Annual report on the working of the mental hospitals in the Madras Presidency - 1912-1932
Year: 1912
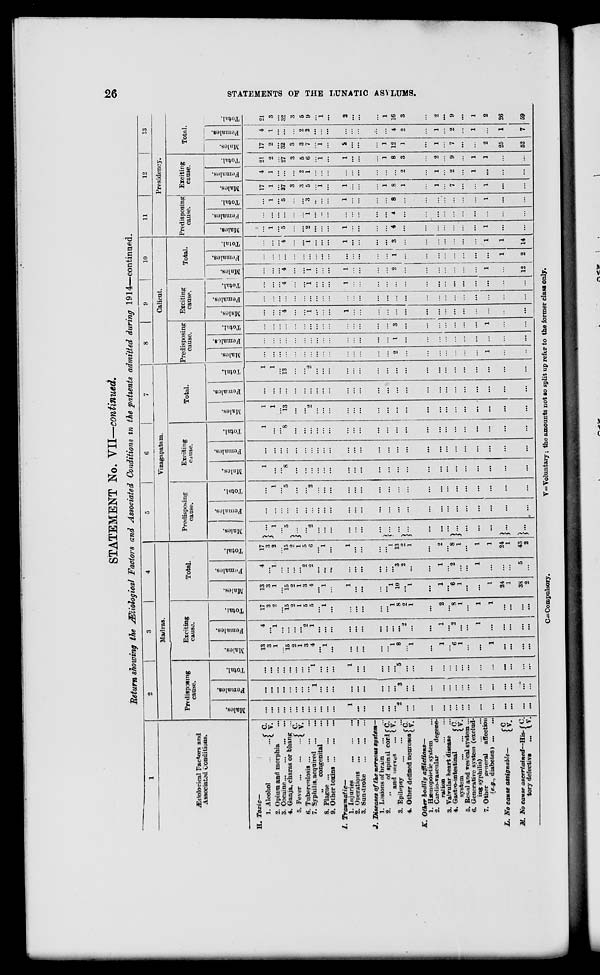
26
STATEMENTS OF THE LUNATIC ASYLUMS.
STATEMENT No. VII—continued.
Return showing the Ætiological Factors and Associated Conditions in the patients admitted during 1914—continued.
1
Ætiological Factors and
Associated Conditions.
H. Toxic—
1. Alcohol
...
... C. V.
2. Opium and morphia ...
3. Cocaine ... ... ... ...
4. Ganja, charas or bhang ...
5. Fever
...
...
... C. V.
6. Tuberculosis ... ... ...
7. Syphilis, acquired ... ...
„
congenital ...
8. Plague
...
...
...
...
9. Other toxins ... ... ...
I.
Traumatic—
1. Injuries
...
...
...
2. Operations
...
...
...
3. Sunstroke
...
...
...
J. Diseases of the nervous system—
1. Lesions of brain
...
...
2.
„
of spinal cord
and nerves ... C.
V.
3. Epilepsy
...
...
...
4. Other defined neuroses C.
V.
K.. Other bodily afflictions—
1. Hæmopoietic system ...
2. Cardio-vascular
degene-
ration ... ... ...
3. Valvular heart disease ...
4. Gastro-intestinal ...
system
...
... C. V.
5. Renal and vesical system ...
6. Generative system (exclud-
ing syphilis)
...
...
7. Other
general
affection
(e.g., diabetes) ... ...
L. No cause assignable—
M. No cause ascertained—His-
tory defective ...
C. V.
C.
V.
2
3
4
Madras.
Predisposing
cause.
Males.
...
...
...
...
...
...
...
...
...
...
...
...
1
...
...
...
...
...
2
...
...
...
...
...
...
...
...
...
...
...
...
...
...
Females.
...
...
...
...
...
...
...
...
1
...
...
...
...
...
...
...
...
...
3
...
...
...
...
...
...
...
...
...
...
...
...
...
...
Total.
...
...
...
...
...
...
...
...
1
...
...
...
1
...
...
...
...
...
5
...
...
...
...
...
...
...
...
...
...
...
...
...
...
Exciting
cause.
Males.
13
3
1
...
15
2
1
3
4
...
1
...
...
...
...
...
...
1
8
... 1
...
1
...
6
1
...
...
1
...
...
...
...
Females.
4
...
1
...
...
...
...
2
1
...
...
...
...
...
...
...
...
...
...
2
...
...
1
...
2
...
...
1
...
...
...
...
...
Total.
17
3
2
...
15
2
1
5
5
...
1
...
...
...
...
...
...
1
8
2
1
...
2
...
8
1
...
1
1
...
...
...
...
Total.
Males.
13
3
1
...
15
2
1
3
4
...
1
...
1
...
...
...
...
1
10
...
1
...
1
...
6
1
. ..
...
1
24
1
38
2
Females.
4
...
1
...
...
...
...
2
2
...
...
...
...
...
...
...
...
...
3
2
...
...
1
...
2
...
...
1
...
...
...
5
...
Total.
17
3
2
...
15
2
1
5
6
...
1
...
1
...
...
...
...
1
13
2
1
...
2
...
8
1
...
1
1
24
1
43
2
5
6
7
Vizagapatam.
Predisposing
cause.
Males.
...
1
...
5
...
...
2
...
...
...
...
...
...
...
...
...
...
...
...
...
...
...
...
...
...
...
Females.
...
...
...
...
...
...
...
...
...
...
...
...
...
...
...
...
...
...
...
...
...
...
...
...
...
...
Total.
...
1
...
5
...
...
2
...
...
...
...
...
...
...
...
...
...
...
...
...
...
...
...
...
...
...
Exciting
cause.
Males.
1
...
...
8
...
...
...
...
...
...
...
...
...
...
...
...
...
...
...
...
...
...
...
...
...
...
Females.
...
...
...
...
...
...
...
...
...
...
...
...
...
...
...
...
...
...
...
...
...
...
...
...
...
...
Total.
1
...
...
8
...
...
...
...
...
...
...
...
...
...
...
...
...
...
...
...
...
...
...
...
...
...
Total.
Males.
1
1
...
13
...
...
2
...
...
...
...
...
...
...
...
...
...
...
...
...
...
...
...
...
...
...
Females.
...
...
...
...
...
...
...
...
...
...
...
...
...
...
...
...
...
...
...
...
...
...
...
...
...
...
Total.
1
1
...
13
...
...
2
...
...
...
...
...
...
...
...
...
...
...
...
...
...
...
...
...
...
...
8
9
10
Calicut.
Predisposing
cause.
Males.
...
...
...
...
...
...
...
...
...
...
...
...
...
...
...
2
...
...
...
...
...
...
...
1
...
...
Females.
...
...
...
...
...
...
...
...
...
...
...
...
...
...
...
1
...
...
...
...
...
...
...
...
...
...
Total.
...
...
...
...
...
...
...
...
...
...
...
...
...
...
...
3
...
...
...
...
...
. ..
...
1
...
...
Exciting
cause.
Males.
...
...
...
4
...
...
1
...
...
...
1
...
...
...
...
...
...
...
...
...
...
...
...
...
...
...
Females.
...
...
...
...
...
...
...
...
...
...
...
...
...
...
...
...
...
...
...
...
...
...
...
...
...
...
Total.
...
...
...
4
...
...
1
...
...
...
1
...
...
...
...
...
...
...
...
...
...
...
...
...
...
...
Total.
Males.
...
...
...
4
...
...
1
...
...
...
1
...
...
...
...
2
...
...
...
...
...
...
...
1
...
12
Females.
...
...
...
...
...
...
...
...
...
...
...
...
...
...
...
1
...
...
...
...
...
...
...
...
1
2
Total.
...
...
...
4
...
...
1
...
...
...
1
...
...
...
...
3
...
...
...
...
...
...
...
1
1
14
11
12
13
Presidency.
Predisposing
cause.
Males.
...
1
...
5
...
...
2
...
...
...
1
...
...
...
...
4
...
...
...
...
...
...
...
1
...
...
Females.
...
...
...
...
...
...
1
...
...
...
...
...
...
...
...
4
...
...
...
...
...
...
...
...
...
...
Total.
...
1
...
5
...
...
3
...
...
...
1
...
...
...
...
8
...
...
...
...
...
...
...
1
...
...
Exciting
cause.
Males.
17
1
...
27
3
3
5
...
1
...
1
...
...
...
1
8
1
...
1
...
7
...
...
1
...
...
Females.
4
1
...
...
...
2
1
...
...
...
...
...
...
...
...
...
2
...
1
...
2
...
1
...
...
...
Total.
21
2
...
27
3
5
6
...
1
...
1
...
...
...
1
8
3
...
2
...
9
...
1
1
...
...
Total.
Males.
17
2
...
32
3
3
7
...
1
...
2
...
...
...
1
12
1
...
1
...
7
...
...
2
25
52
Females.
4
1
...
...
...
2
2
...
...
...
...
...
...
...
...
4
2
...
1
...
2
...
1
...
1
7
Total.
21
3
...
32
3
5
9
...
1
...
2
...
...
...
1
16
3
...
2
...
9
...
1
2
26
59
C = Compulsory.
V = Voluntary ; the amounts not so split up refer to the former class only.